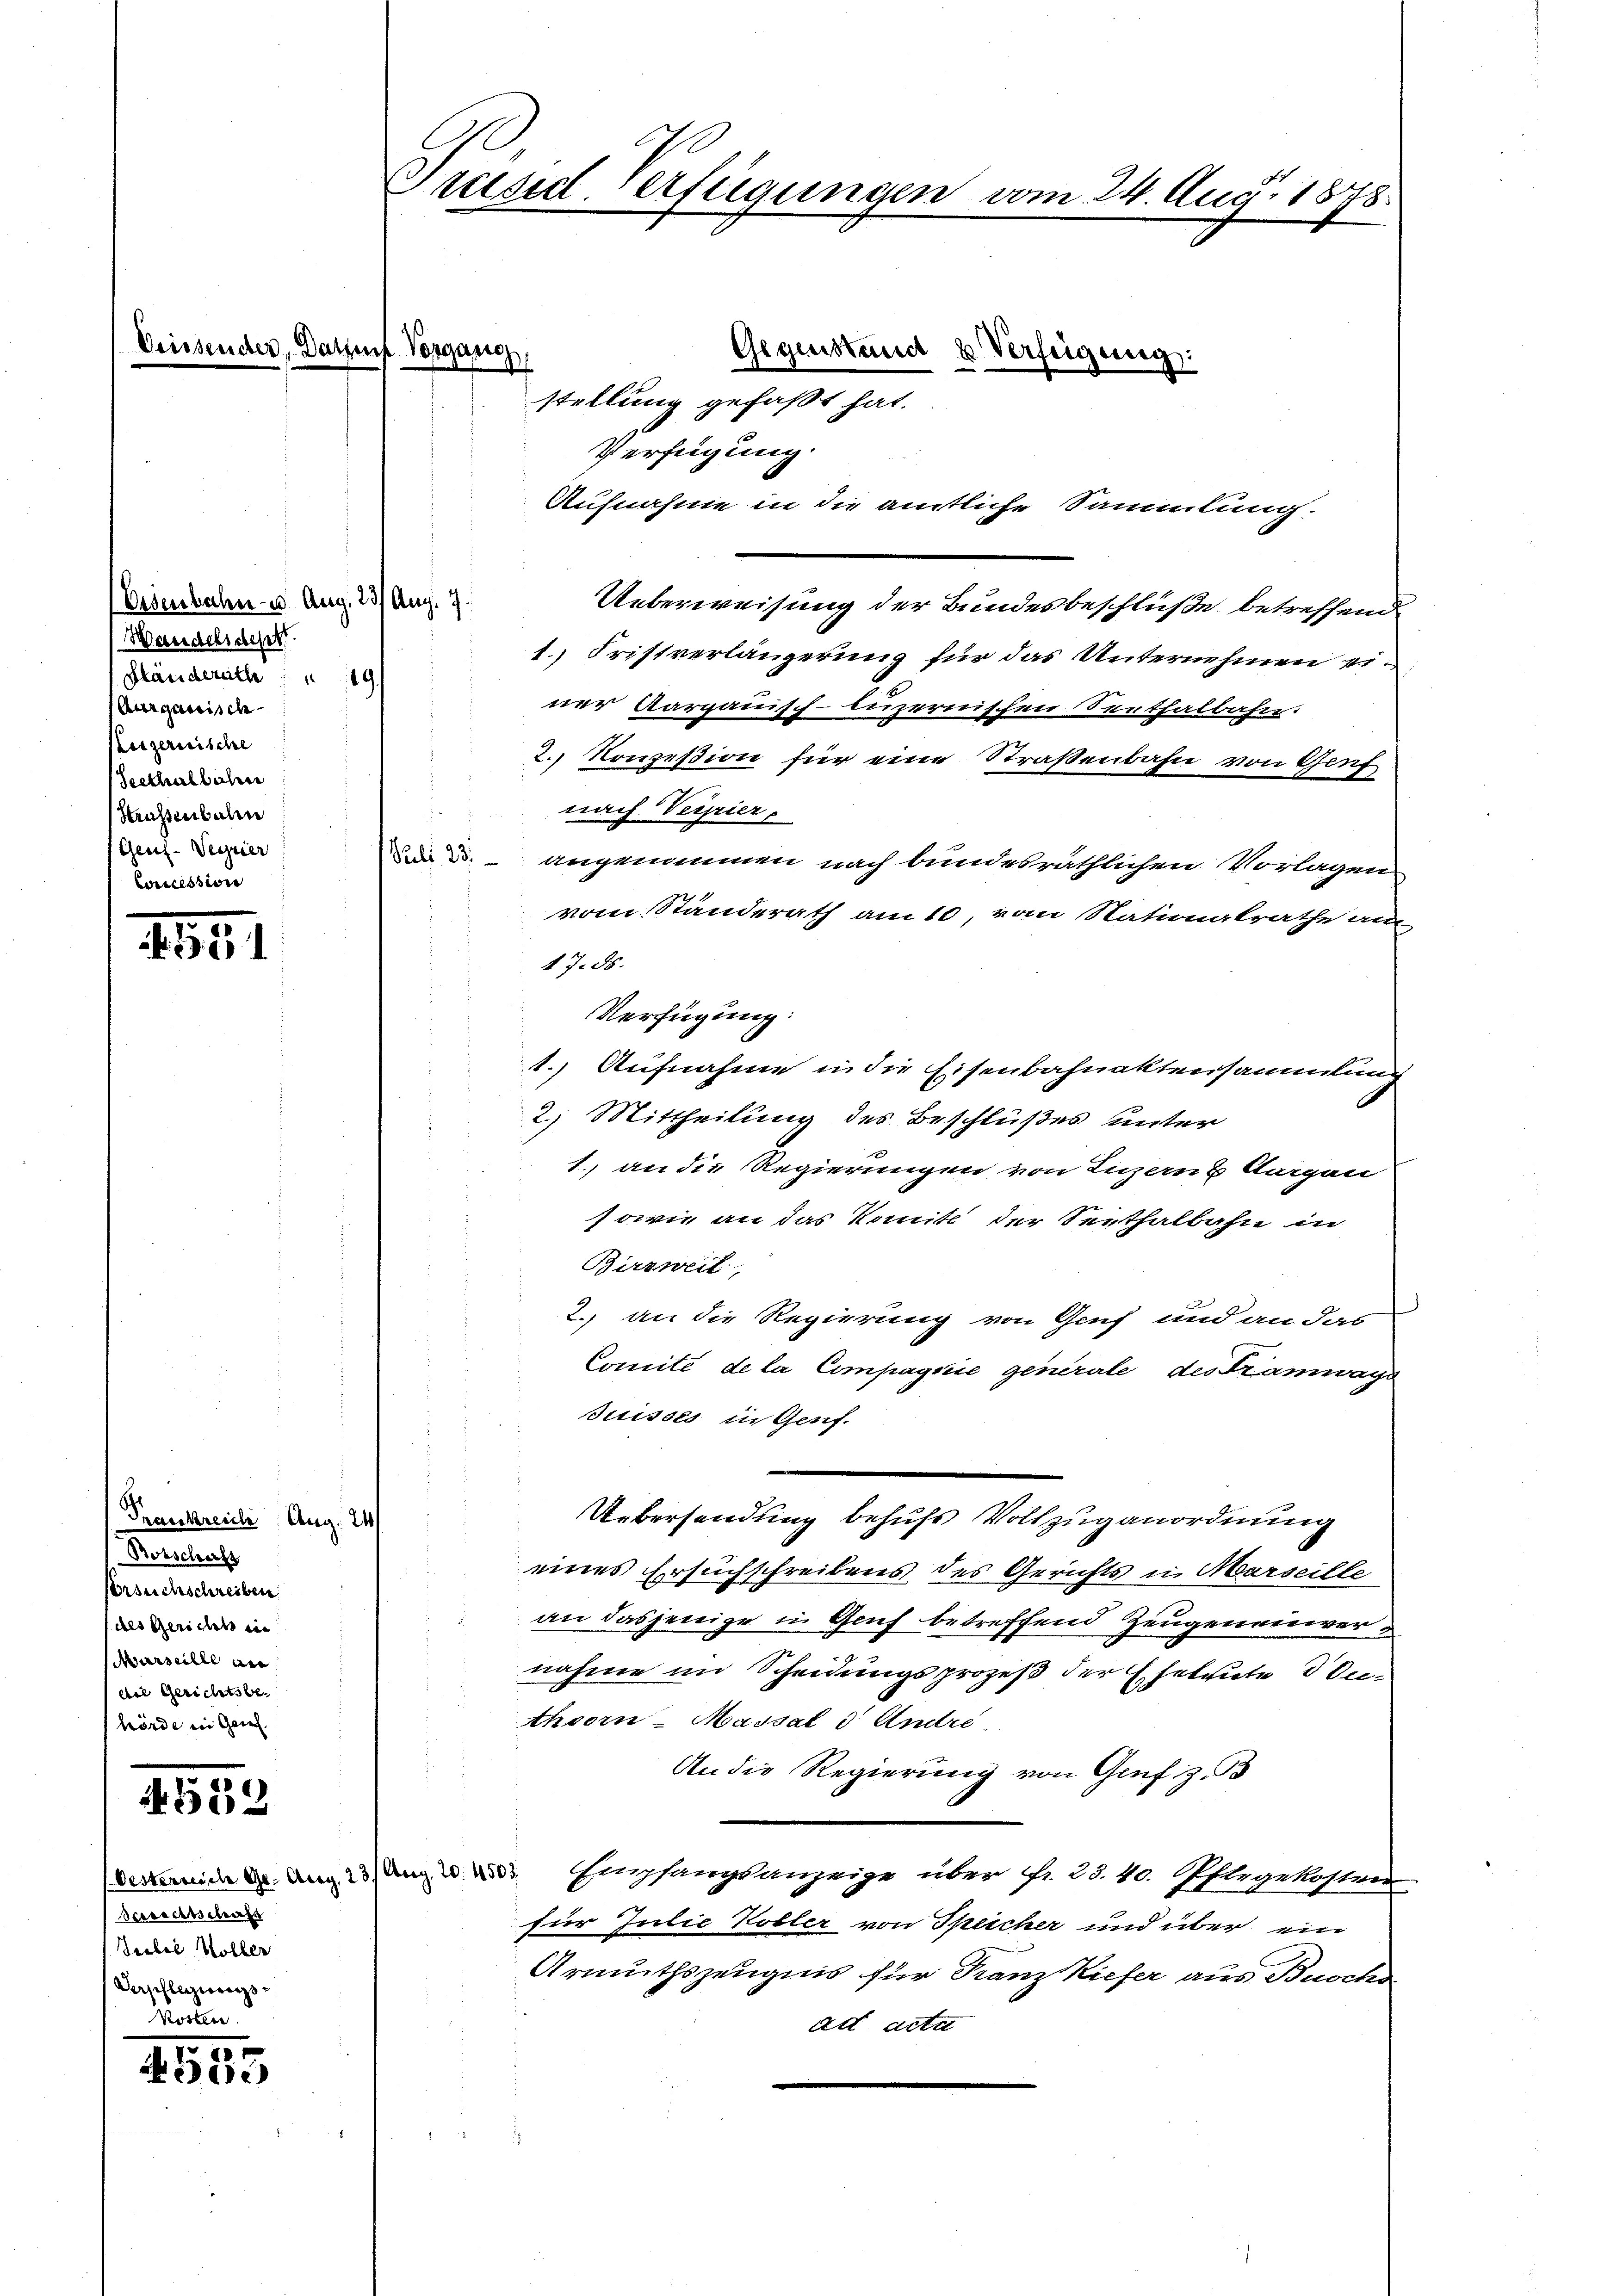
Deiss

Eisenbahn- u. Aug. 23/ Aug. 7
Wandelschept
Ständerath   19.
Aargauisch
Luzernische
Seethalbahn
Htraßenbalm
Gen-Verrier
Concessione

1551

Trankreich Aug. 21
Rotscharfs
Versuchschreiben
des Gericht in
Marseille an
die Gerichtsbehörde in Gries

4. 589

4535

Oesterreiche Gr. Aug. 23 / Aerg. 20. 4503.
Bverseitschaft
Jubel Holber
Angelangungen

Präsid. Verfügungen vom 24. Aug. 1878.

Vorgang

stellung gefaßt hat.
Verfügung
Aufnahme in die amtliche Sammlung.
Ueberweisung der Bundesbeschlüße betreffend
1.) Fristverlängerung für das Unternehmen einer Aargauisch-Luzernischen Senthalbahn.
2. Konzesion für eine Straßenbahn von Genf
nach Verpier
. angenommen nach bundesräthlichen Vorlagen
vom Standerath am 10, vom Nationalrathe am
47. 58.
Verfügung:
1. Aufnahme in die Eisenbahnaktensammlung
2) Mittheilung des Beschlußes unter
1.) an die Regierungen von Luzern & Nargen
sowie an das Komite der Seethalbahn in
Birzweit
2. an die Regierung von Genf und an das
Comité de la Compagnie generale des Tramwage
Suisses in Genf.
Uebersendung behufs Vollzuganordnung
eines Ersuchschreibens des Gerichts in Marseille
an dasjenige in Genf betreffend Zeugeneinvernahme im Scheidungsprozeß der Eheleute diethoorn-Massal 3 Andre
An die Regierung von Genf z.
Empfangsanzeige über Fr. 23. 40. Pflegekosten
für Julie Kobler von Speicher und über ein
Armuthszeugnis für Franz Kiefer aus Buchs
act acte

Gegenstand & Verfeigung: